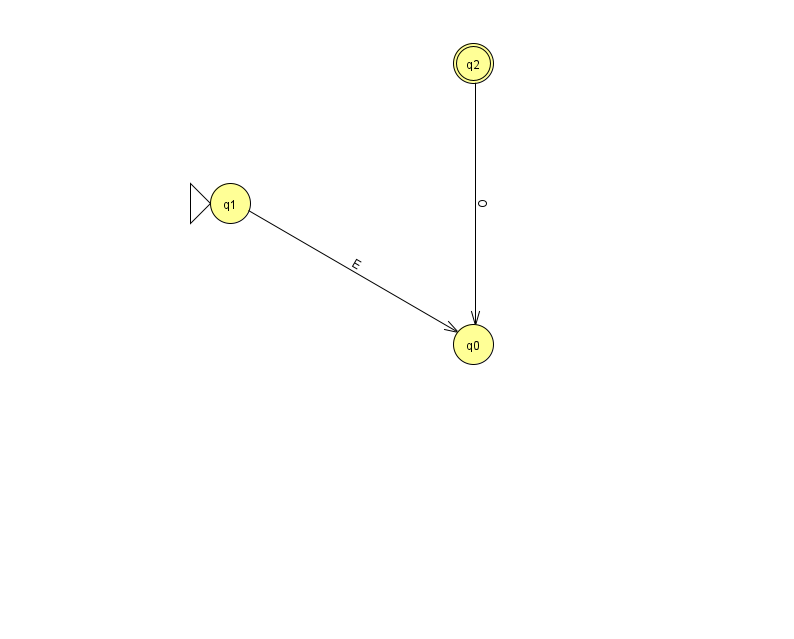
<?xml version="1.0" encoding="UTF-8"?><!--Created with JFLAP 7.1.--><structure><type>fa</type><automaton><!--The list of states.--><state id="0" name="q0"><x>473.0</x><y>331.0</y></state><state id="1" name="q1"><x>230.0</x><y>190.0</y><initial/></state><state id="2" name="q2"><x>473.0</x><y>50.0</y><final/></state><!--The list of transitions.--><transition><from>1</from><to>0</to><read>E</read></transition><transition><from>2</from><to>0</to><read>O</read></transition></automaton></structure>